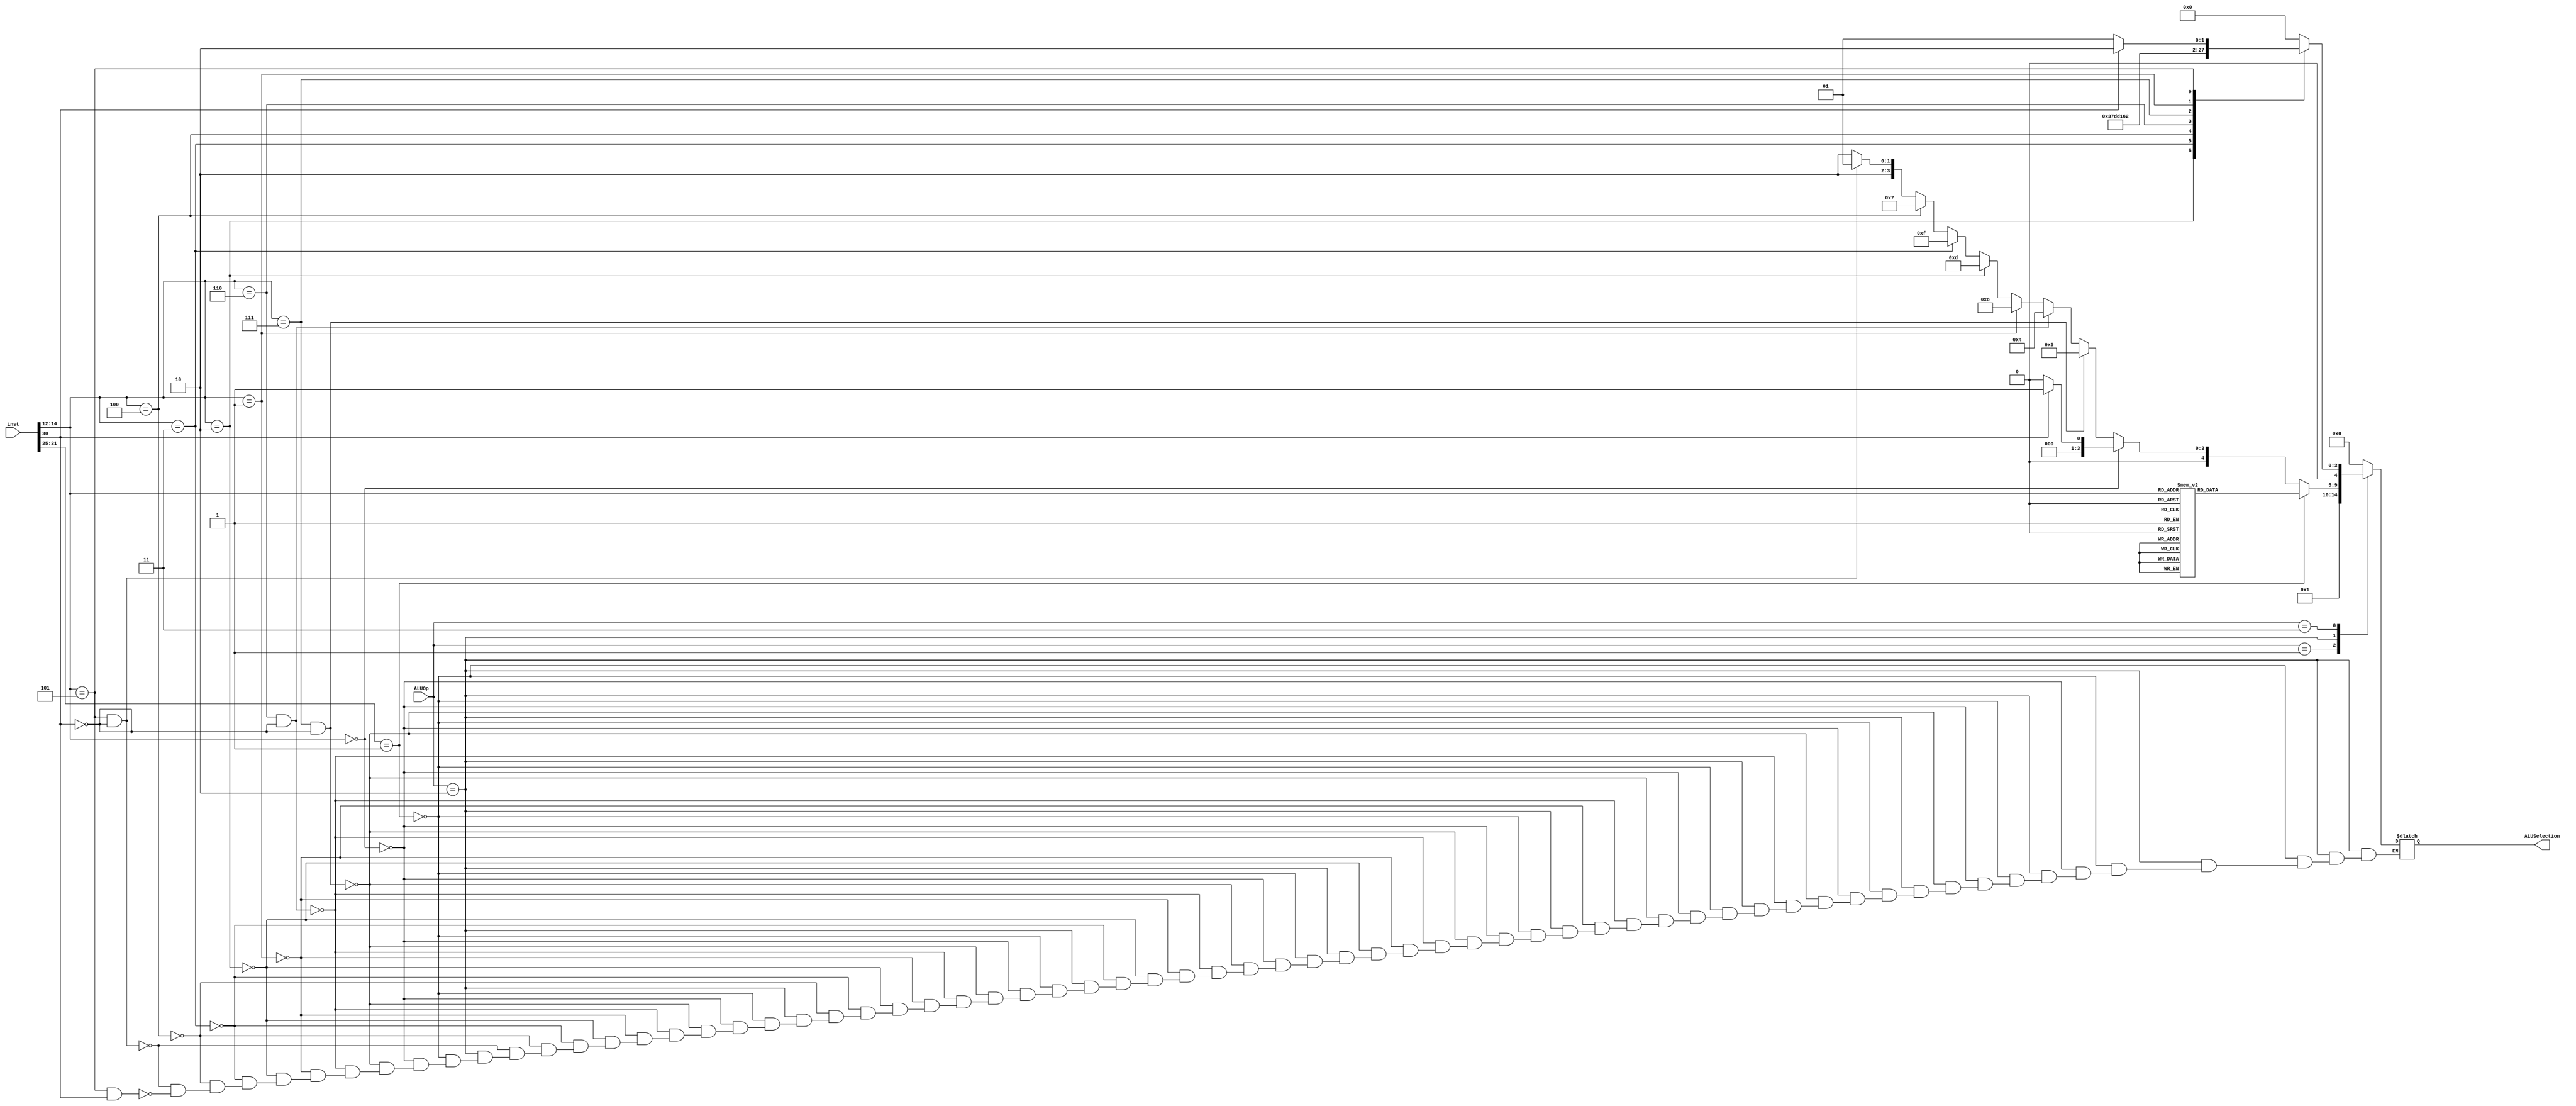
module ALUcontrolunit(input [31:0] inst , input [1:0]ALUOp ,output reg [4:0] ALUSelection);
always @(*)begin
case(ALUOp)
2'b00: ALUSelection =5'b000_00;

2'b01: ALUSelection =5'b000_01;

2'b10:begin
if (inst[31:25]==7'd1)   ////////bonus
begin
case(inst[14:12])
3'b000: ALUSelection= 5'b00010;     //MUL
3'b001: ALUSelection= 5'b00011;     //MULH
3'b010: ALUSelection= 5'b00110;     //MULHSU
3'b011: ALUSelection= 5'b01011;     //MULHU
3'b100: ALUSelection= 5'b01100;     //DIV
3'b101: ALUSelection= 5'b10000;     //DIVU
3'b110: ALUSelection= 5'b10001;     //REM
3'b111: ALUSelection= 5'b10010;     //REMU
endcase
end    ///end of bonus
else
begin
if(inst[14:12]==3'b000)   
if(inst[30]==1'b0) ALUSelection =4'b000_00; //add
else  ALUSelection =5'b000_01; //sub

else if(inst[14:12]==3'b111 && inst[30]==1'b0) 
ALUSelection =5'b001_01; // and
else if(inst[14:12]==3'b110 && inst[30]==1'b0)  
ALUSelection =5'b001_00; // or
else if (inst[14:12] ==3'b001)
ALUSelection = 5'b010_00; //sll
else if (inst[14:12] ==3'b010)
ALUSelection = 5'b011_01; //slt
else if (inst[14:12] ==3'b011)
ALUSelection = 5'b011_11; //sltu
else if (inst[14:12] ==3'b100)
ALUSelection = 5'b001_11; //xor
else if (inst[14:12] ==3'b101 && inst[30]==1'b0)
ALUSelection = 5'b010_01; //srl
else if (inst[14:12] ==3'b101 && inst[30]==1'b1)
ALUSelection = 5'b010_10; // sra

end
end

2'b11:begin

	case(inst[14:12])
	3'b000: ALUSelection =5'b000_00; //addi
	3'b010: ALUSelection =5'b011_01; //slti
	3'b011: ALUSelection =5'b011_11; //sltu
	3'b100: ALUSelection =5'b001_11; //xori
	3'b110: ALUSelection =5'b001_00; //ori
	3'b111: ALUSelection =5'b001_01; //andi
	3'b001: ALUSelection =5'b010_00; //slli
	3'b101: begin
	if (inst[30]==1'b0)
	ALUSelection =4'b010_01; //srli
	else
	ALUSelection =4'b10_10; //srai
	end
	endcase
end
endcase
end
endmodule